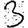
Digit: 3